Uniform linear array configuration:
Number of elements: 64
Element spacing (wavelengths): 1
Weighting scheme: uniform
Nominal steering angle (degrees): -60
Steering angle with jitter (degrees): -59.506
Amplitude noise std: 0.05
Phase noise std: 0.05

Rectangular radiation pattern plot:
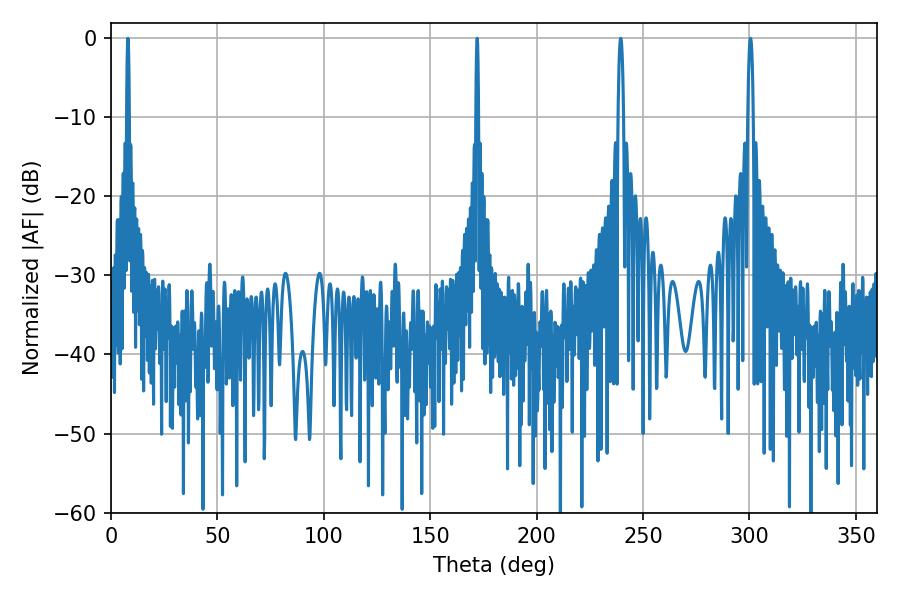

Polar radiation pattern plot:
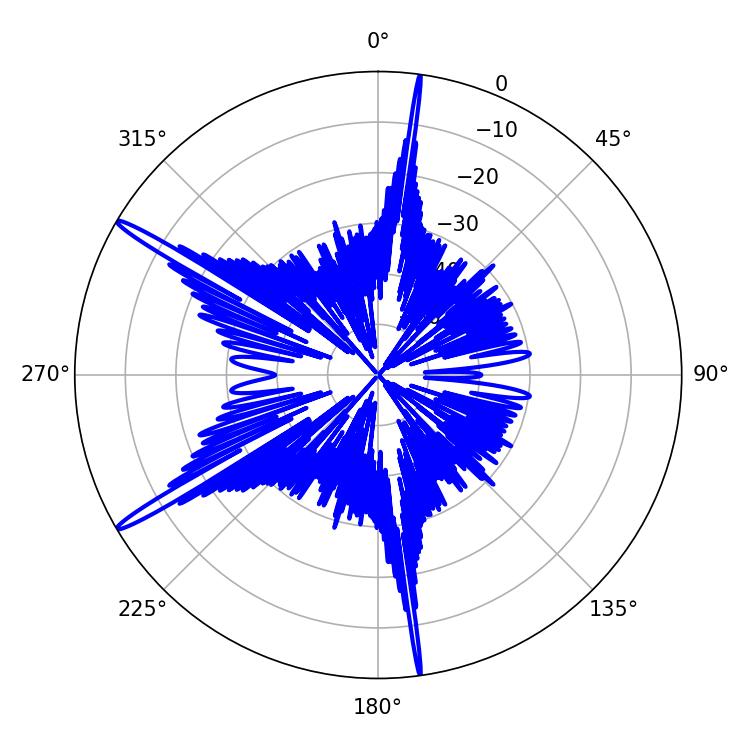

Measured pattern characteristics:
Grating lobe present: TRUE
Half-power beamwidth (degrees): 0.72
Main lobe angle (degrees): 7.92